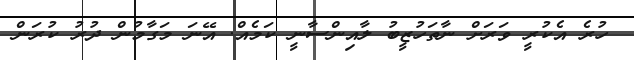
ހުރެ އެކުރީ ވަރަށް ނާތަހުޒީބު ލާއިންސާނީ ކަމެއް. އޭނަ މަގާމުން ދުރު ކުރަން